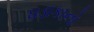
ધડાકાનો